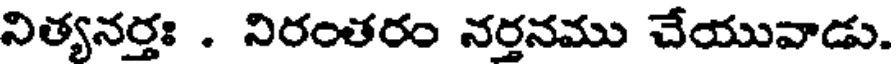
నిత్యనర్తః . నిరంతరం నర్తనము చేయువాడు.